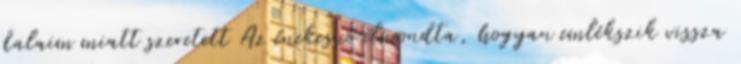
dalaim miatt szeretett Az énekesnő elmondta, hogyan emlékszik vissza